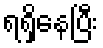
ရရှိနေပြီး